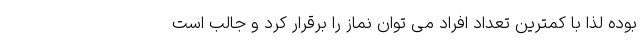
بوده لذا با کمترین تعداد افراد می توان نماز را برقرار کرد و جالب است